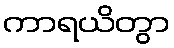
ကာရယိတွာ